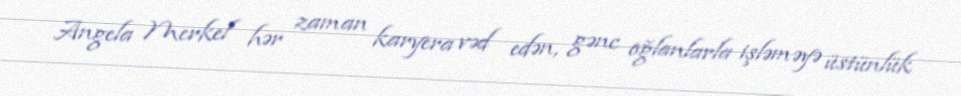
Angela Merkel hər zaman karyera vəd edən, gənc oğlanlarla işləməyə üstünlük